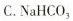
C.NaHCO_{3}